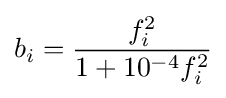
b_{i}={\frac {f_{i}^{2}}{1+10^{-4}f_{i}^{2}}}